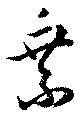
乗